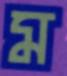
ম